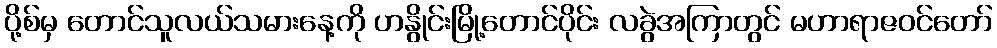
ပို့စ်မှ တောင်သူလယ်သမားနေ့ကို ဟနွိုင်းမြို့တောင်ပိုင်း လခွဲအကြာတွင် မဟာရာဇဝင်တော်